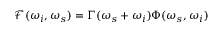
\mathcal { F } ( \omega _ { i } , \omega _ { s } ) = \Gamma ( \omega _ { s } + \omega _ { i } ) \Phi ( \omega _ { s } , \omega _ { i } )